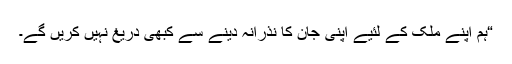
“ہم اپنے ملک کے لئیے اپنی جان کا نذرانہ دینے سے کبھی دریغ نہیں کریں گے۔